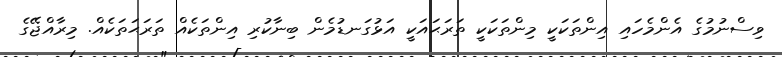
ވިސްނުމުގެ އެންމެހައި އިންތަކަކީ މިންތަކަކީ ތަރަޙައަކީ އަޅުގަނޑުމެން ބިނާކުރި އިންތަކެއް ތަރަޙަތަކެއް. މިރާއްޖޭގެ